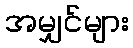
အမျှင်များ